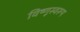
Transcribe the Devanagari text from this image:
विष्णूस्वरूप